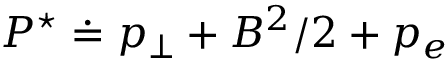
P ^ { \star } \doteq p _ { \perp } + B ^ { 2 } / 2 + p _ { e }